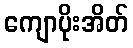
ကျောပိုးအိတ်